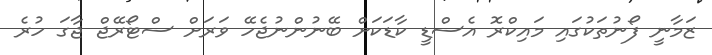
ޒަމާނީ ފޯނުތަކުގައި މައިކްރޮ އެސްޑީ ކާޑަކަށް ބޭނުންނުޖެހޭ ވަރަށް ސްޓޯރޭޖް ޖާގަ ހުރެ